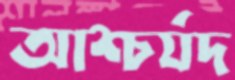
আশ্চর্যদ